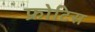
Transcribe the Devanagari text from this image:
फ्रोटिस